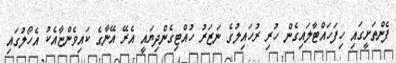
ފެންތަށީގައި ހިފަހައްޓާލައިގެން ހުރި ރުހައިލުގެ ނަޒަރު ހުއްޓިގެންދިޔައީ އެރޭ އޭނާގެ ކައިވެންޏާއެކު އެހޯލުގައި